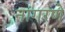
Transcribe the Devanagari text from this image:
नांगरणे